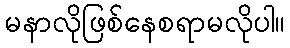
မနာလိုဖြစ်နေစရာမလိုပါ။